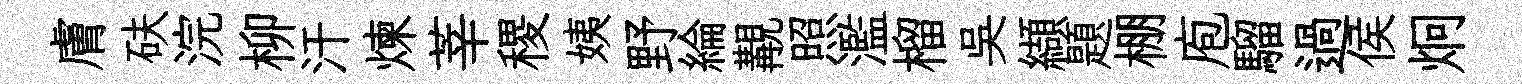
膚砆浣柳汗煉莘稷姨野綸覯照濫榴吴纈題棚庖騮過侯炯